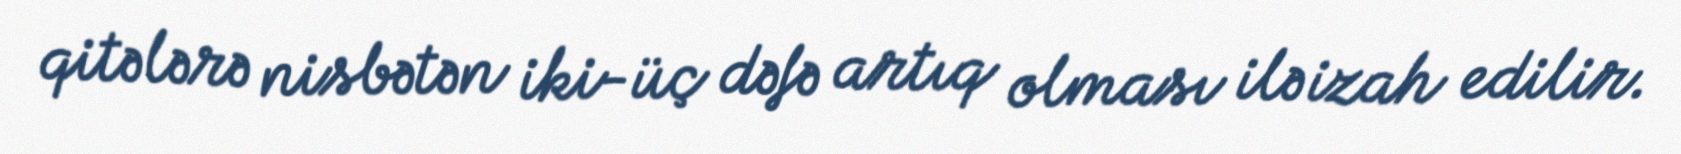
qitələrə nisbətən iki-üç dəfə artıq olması ilə izah edilir.